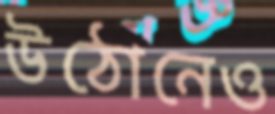
উঠোনেও